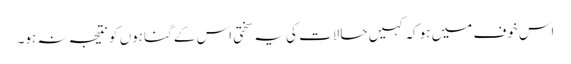
اس خوف میں ہو کہ کہیں حالات کی یہ سختی اس کے گناہوں کو نتیجہ نہ ہو۔